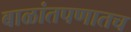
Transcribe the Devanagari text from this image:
बाळांतपणातच